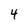
Character: 4